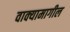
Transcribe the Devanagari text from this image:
वाक्यामागील